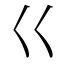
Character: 巜